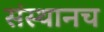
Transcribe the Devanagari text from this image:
संस्थानच